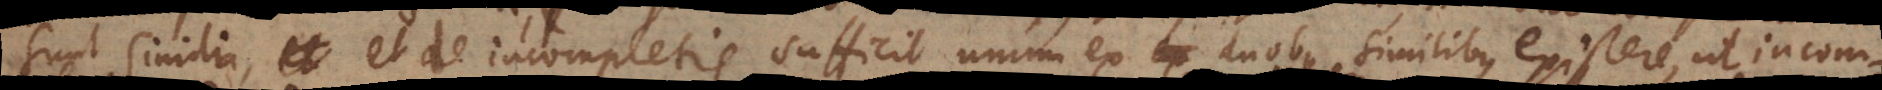
sunt similia, et de incompletis sufficit unum ex duobus similibus existere, ut incom